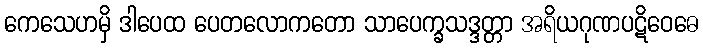
ကေသေဟမှိ ဒါပေထ ပေတလောကတော သာပေက္ခသဒ္ဒတ္တာ အရိယဂုဏပဋိဝေဓေ